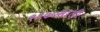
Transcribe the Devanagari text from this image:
१९७०साली